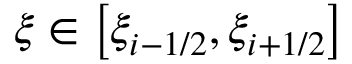
\displaystyle \xi \in \big [ \xi _ { i - 1 / 2 } , \xi _ { i + 1 / 2 } \big ]